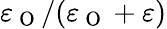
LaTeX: \varepsilon_{\mathrm{~O~}}/(\varepsilon_{\mathrm{~O~}}+\varepsilon)